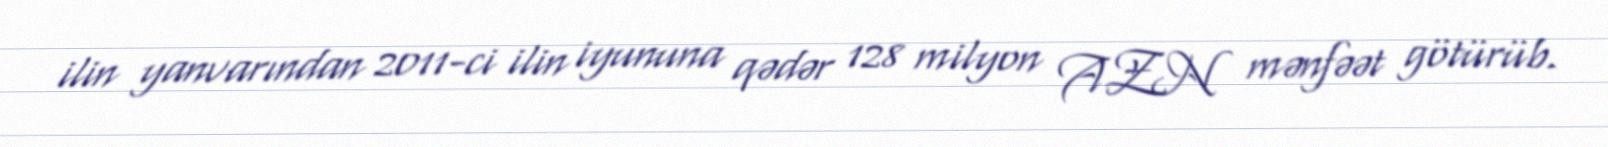
ilin yanvarından 2011-ci ilin iyununa qədər 128 milyon AZN mənfəət götürüb.